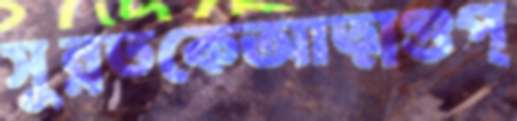
সুন্নতকেআত্মগুপ্